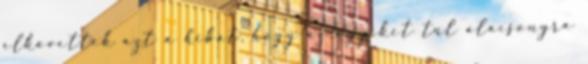
elkövették azt a hibát, hogy az egyiket túl alacsonyra